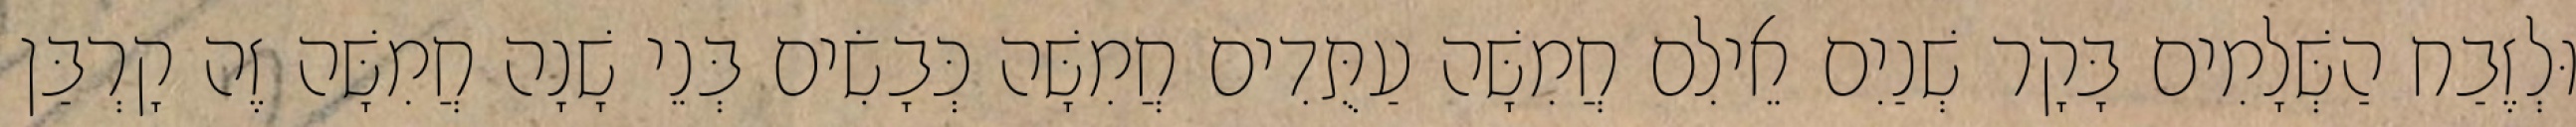
וּלְזֶבַח הַשְּׁלָמִים בָּקָר שְׁנַיִם אֵילִם חֲמִשָּׁה עַתֻּדִים חֲמִשָּׁה כְּבָשִׂים בְּנֵי שָׁנָה חֲמִשָּׁה זֶה קָרְבַּן